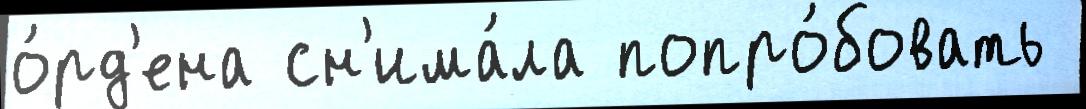
о́рд'ена сн'има́ла попро́бовать